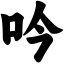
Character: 吟